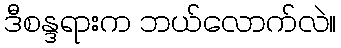
ဒီစန္ဒရားက ဘယ်လောက်လဲ။